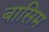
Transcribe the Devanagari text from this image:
बासिम